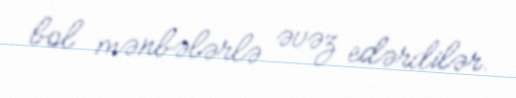
bol mənbələrlə əvəz edərdilər.